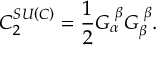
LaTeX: C _ { 2 } ^ { S U \left( C \right) } = \frac { 1 } { 2 } G _ { \alpha } ^ { \, \, \beta } G _ { \beta } ^ { \, \, \beta } .